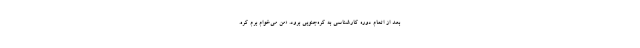
بعد از اتمام دوره کارشناسی به کره‌جنوبی برود. «من می‌خوام برم کره.